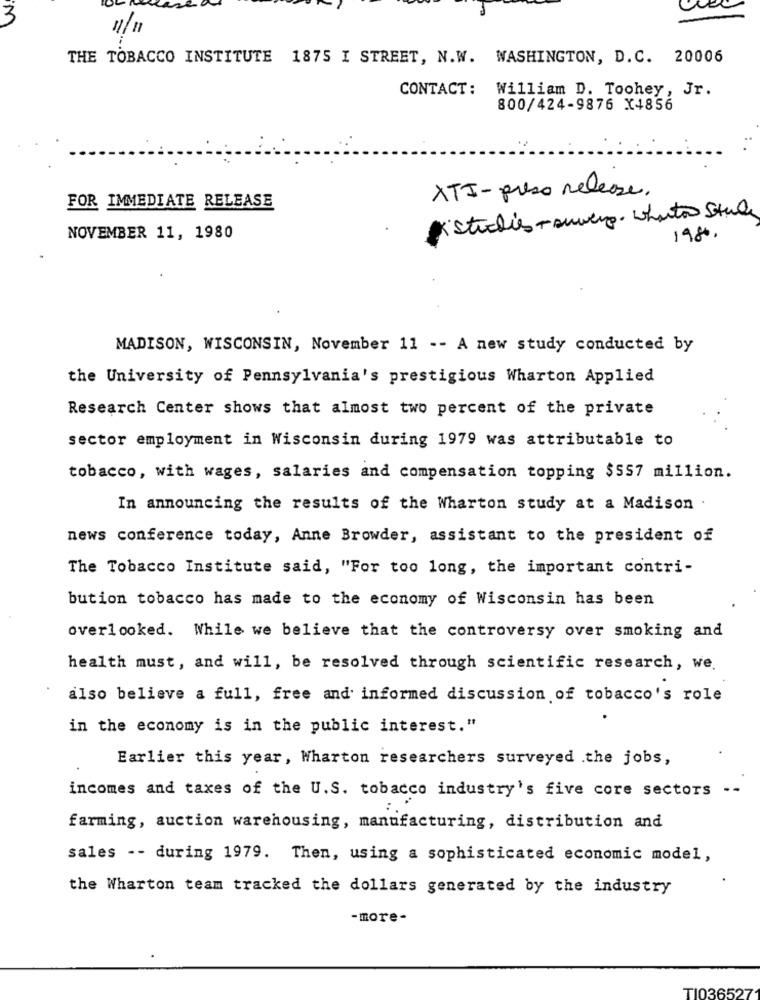
3
THE TOBACCO INSTITUTE 1875 I STREET, N.W. WASHINGTON, D.C. 20006
CONTACT: William D. Toohey, Jr.
800/424-9876 X4856
XTI - preso release.
FOR IMMEDIATE RELEASE
* studies - suwerg. whato Stude
NOVEMBER 11, 1980
1980 .
MADISON, WISCONSIN, November 11 -- A new study conducted by
the University of Pennsylvania's prestigious Wharton Applied
Research Center shows that almost two percent of the private
sector employment in Wisconsin during 1979 was attributable to
tobacco, with wages, salaries and compensation topping $557 million.
In announcing the results of the Wharton study at a Madison
news conference today, Anne Browder, assistant to the president of
The Tobacco Institute said, "For too long, the important contri-
bution tobacco has made to the economy of Wisconsin has been
overlooked. While we believe that the controversy over smoking and
health must, and will, be resolved through scientific research, we.
also believe a full, free and informed discussion of tobacco's role
in the economy is in the public interest."
Earlier this year, Wharton researchers surveyed .the jobs,
incomes and taxes of the U.S. tobacco industry's five core sectors --
farming, auction warehousing, manufacturing, distribution and
sales -- during 1979. Then, using a sophisticated economic model,
the Wharton team tracked the dollars generated by the industry
-more-
TI036527